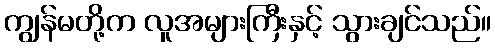
ကျွန်မတို့က လူအများကြီးနှင့် သွားချင်သည်။